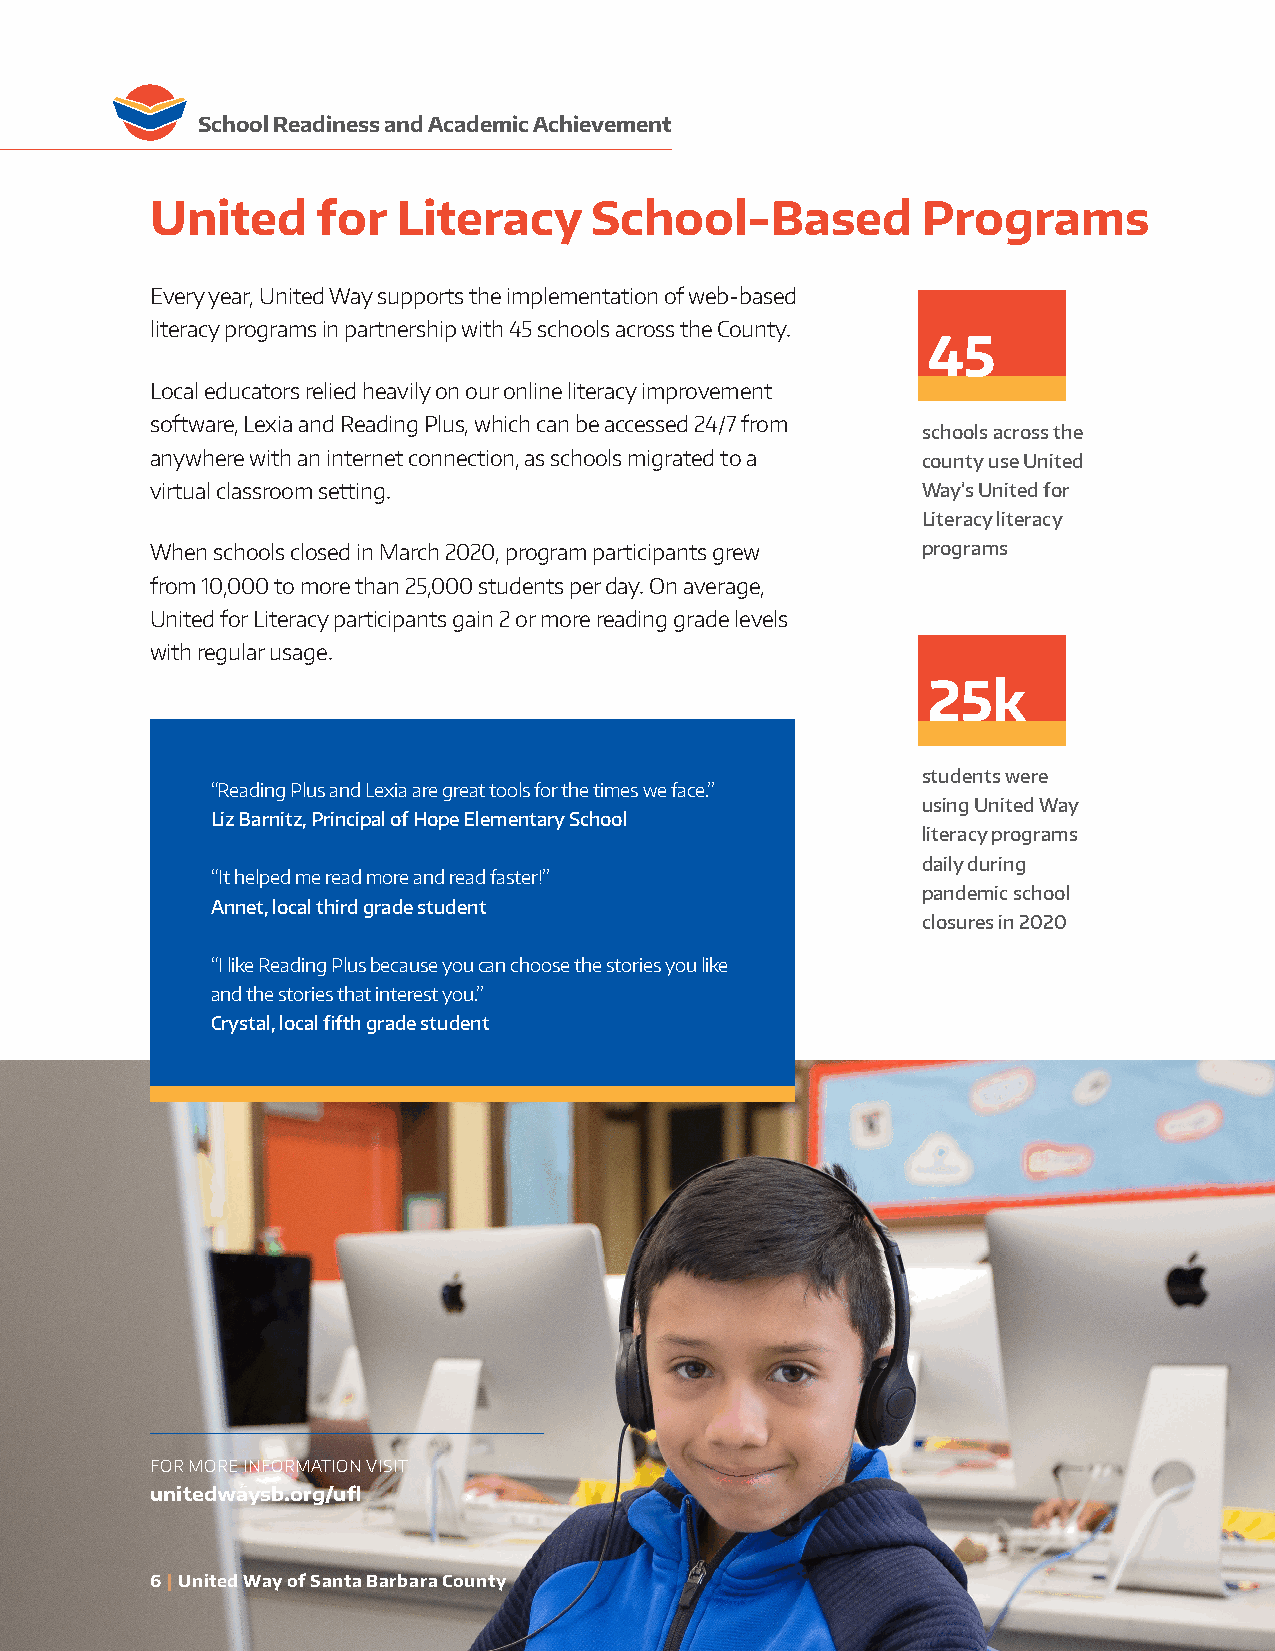
School Readiness and Academic Achievement
 United     for  Literacy     School-Based          Programs
 Every year, United Way supports the implementation of web-based
 literacy programs in partnership with 45 schools across the County.
 45
 Local educators relied heavily on our online literacy improvement
 software, Lexia and Reading Plus, which can be accessed 24/7 from
 schools across the
 anywhere with an internet connection, as schools migrated to a county use United
 virtual classroom setting.                         Way’s United for
 Literacy literacy
 When schools closed in March 2020, program participants grew programs
 from 10,000 to more than 25,000 students per day. On average,
 United for Literacy participants gain 2 or more reading grade levels
 with regular usage.
 25k
 students were
 “Reading Plus and Lexia are great tools for the times we face.”
 using United Way
 Liz Barnitz, Principal of Hope Elementary School
 literacy programs
 daily during
 “It helped me read more and read faster!”
 pandemic school
 Annet, local third grade student
 closures in 2020
 “I like Reading Plus because you can choose the stories you like
 and the stories that interest you.”
 Crystal, local fifth grade student
 FOR MORE INFORMATION VISIT
 unitedwaysb.org/ufl
 66 || UUnniitteedd WWaayy ooff SSaannttaa BBaarrbbaarraa CCoouunnttyy